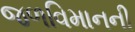
જળવિમાનની